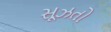
સૂઝતો